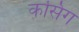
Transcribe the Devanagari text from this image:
कसिंग